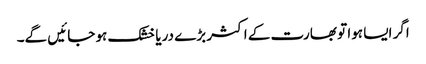
اگر ایسا ہوا تو بھارت کے اکثر بڑے دریا خشک ہو جائیں گے۔